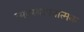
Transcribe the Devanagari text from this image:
व्यवस्थापनात्मक